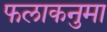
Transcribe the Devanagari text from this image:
फलाकनुमा